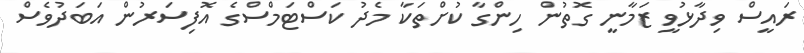
ރައީސް ވިދާޅުވީ ޒަމާނީ ގޮތުން ހިންގާ ކުށްތަކާ މެދު ކަސްޓަމްސްގެ އޮފިސަރުން އަބަދުވެސް